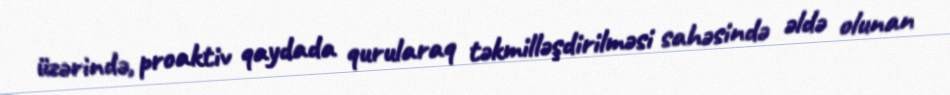
üzərində, proaktiv qaydada qurularaq təkmilləşdirilməsi sahəsində əldə olunan